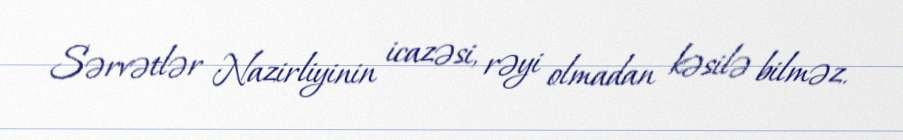
Sərvətlər Nazirliyinin icazəsi, rəyi olmadan kəsilə bilməz.